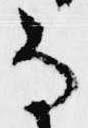
な